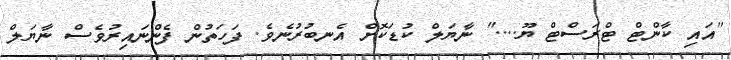
"އައި ކާންޓް ޓްރަސްޓް ޔޫ...." ނާޔަލް ކުޑަކޮށް އެނބުރުނެވެ. ފަހަތުން ފެންނައިރުވެސް ނާޔަލް